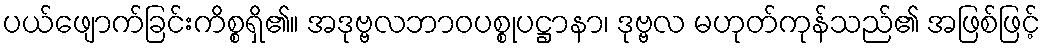
ပယ်ဖျောက်ခြင်းကိစ္စရှိ၏။ အဒုဗ္ဗလဘာဝပစ္စုပဋ္ဌာနာ၊ ဒုဗ္ဗလ မဟုတ်ကုန်သည်၏ အဖြစ်ဖြင့်